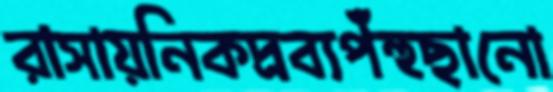
রাসায়নিকদ্রব্যপঁহুছানো